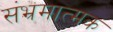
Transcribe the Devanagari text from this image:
संभ्रमात्मक